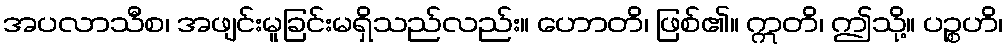
အပလာသီစ၊ အဖျင်းမူခြင်းမရှိသည်လည်း။ ဟောတိ၊ ဖြစ်၏။ ဣတိ၊ ဤသို့။ ပဉ္စဟိ၊